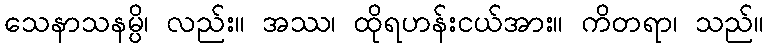
သေနာသနမ္ပိ၊ လည်း။ အဿ၊ ထိုရဟန်းငယ်အား။ ကိတရာ၊ သည်။